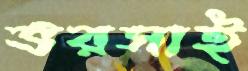
ভরসাই